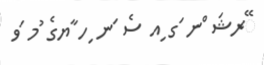
ޭރޝަ ްނ ަގ ިއ ސެ ަނ ިހ ާޔގެ ުމ ަވ